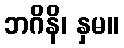
ဘဂိနိ၊ နှမ။